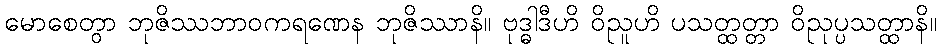
မောစေတွာ ဘုဇိဿဘာဝကရဏေန ဘုဇိဿာနိ။ ဗုဒ္ဓါဒီဟိ ဝိညူဟိ ပသတ္ထတ္တာ ဝိညုပ္ပသတ္ထာနိ။